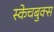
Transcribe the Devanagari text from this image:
स्केचबुक्स